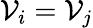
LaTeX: \mathcal{V}_{i}=\mathcal{V}_{j}